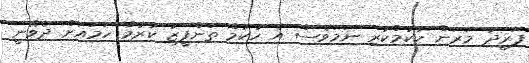
ފަރީދު މަރަން ހުކުމްކުރި ނަމަވެސް އެ ހުކުމް ތަންފީޒު ކުރުމާ ހަމައަށް ދެވޭނީ